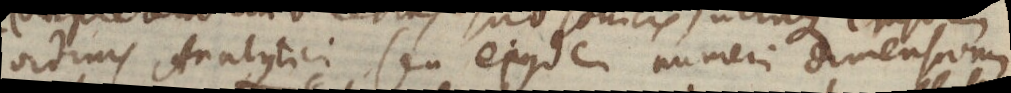
ordinis Analytici seu ejusdem numeri dimensioni